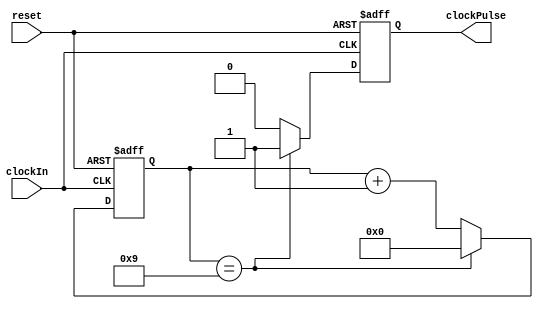
module clockEnable(input wire clockIn, input wire reset, output wire clockPulse);
	
	localparam divisor = 9;
	reg[31:0] count;
	reg clockOut;
	always @(posedge clockIn, posedge reset)
	begin
		if(reset)begin
			count <= 32'b0;
			clockOut <= 1'b0;
		end
		else if(count == divisor) begin
			count <= 32'b0;
			clockOut <= 1'b1;
		end
		else begin
			count <= count +1;
			clockOut <= 1'b0;
		end
	end
	
	assign clockPulse = clockOut;
endmodule